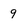
Character: 9